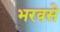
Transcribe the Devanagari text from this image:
भरवसे